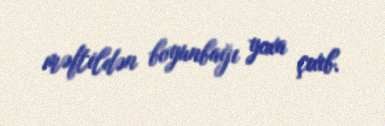
məftildən boyunbağı yoxa çıxıb.